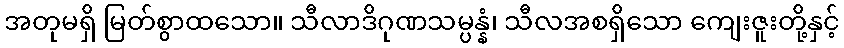
အတုမရှိ မြတ်စွာထသော။ သီလာဒိဂုဏသမ္ပန္နံ၊ သီလအစရှိသော ကျေးဇူးတို့နှင့်